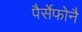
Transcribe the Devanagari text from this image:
पैर्सेफोनै